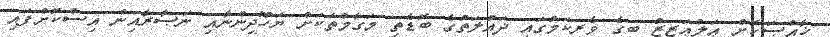
ޚާއްޞަކޮށް ޢަލްޢަޒީޒު ބިގެ ވެރިކަމުގައި ދައުލަތުގެ ބޮޑެތި މަގާމްތަކަށް ޔަހޫދީންނާއި ނަޞާރާއިން އިސްކޮށްފައި